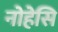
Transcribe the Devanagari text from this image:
नोहेसि